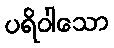
ပရိဝါသော